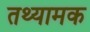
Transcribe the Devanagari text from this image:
तथ्यामक